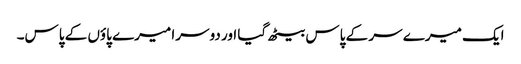
ایک میرے سر کے پاس بیٹھ گیا اور دوسرا میرے پاؤں کے پاس۔